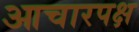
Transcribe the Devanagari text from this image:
आचारपक्ष